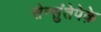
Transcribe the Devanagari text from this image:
सेन्सुंतेपेक़े